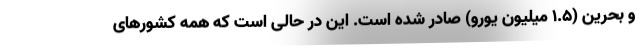
و بحرین (۱.۵ میلیون یورو) صادر شده است. این در حالی است که همه کشورهای